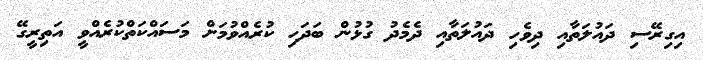
އިގިރޭސި ދައުލަތާއި ދިވެހި ދައުލަތާއި ދެމެދު ގުޅުން ބަދަހި ކުރެއްވުމަށް މަސައްކަތްކުރެއްވީ އަތިރީގޭ